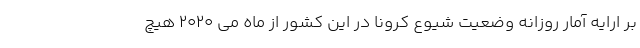
بر ارایه آمار روزانه وضعیت شیوع کرونا در این کشور از ماه می 2020 هیچ